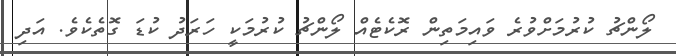
ލޯންޗު ކުރުމަށްވުރެ ވައިމަތިން ރޮކެޓެއް ލޯންޗު ކުރުމަކީ ހަރަދު ކުޑަ ގޮތެކެވެ. އަދި